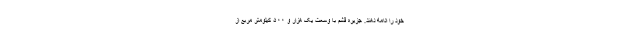
خود را ادامه دهند. جزیره قشم با وسعت یک هزار و ۵۰۰ کیلومتر مربع از